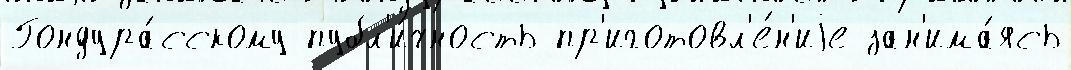
Гондура́сскому публ'и́чность пр'иготовл'е́н'иjе зан'има́ясь